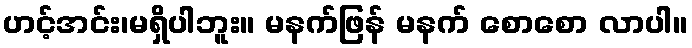
ဟင့်အင်း၊မရှိပါဘူး။ မနက်ဖြန် မနက် စောစော လာပါ။